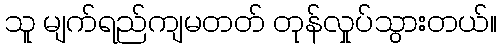
သူ မျက်ရည်ကျမတတ် တုန်လှုပ်သွားတယ်။